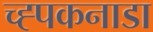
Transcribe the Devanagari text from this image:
च्ह्पकनाडा